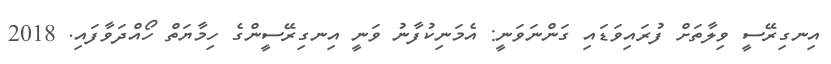
އިނގިރޭސީ ވިލާތަށް ފުރައިވަޑައި ގަންނަވަނީ: އެމަނިކުފާނު ވަނީ އިނގިރޭސީންގެ ހިމާޔަތް ހޯއްދަވާފައި. 2018